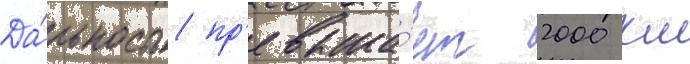
Да́льность пр'евыша́ет 2000 км